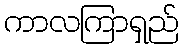
ကာလကြာရှည်